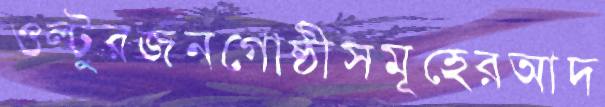
ওল্টুরজনগোষ্ঠীসমূহেরআদ